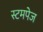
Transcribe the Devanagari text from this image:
स्टमपेज